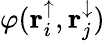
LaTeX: \varphi(\mathbf{r}_{i}^{\uparrow},\mathbf{r}_{j}^{\downarrow})